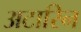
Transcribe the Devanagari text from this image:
अटारिन